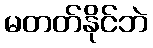
မတတ်နိုင်ဘဲ